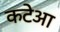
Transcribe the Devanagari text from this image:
कटेआ